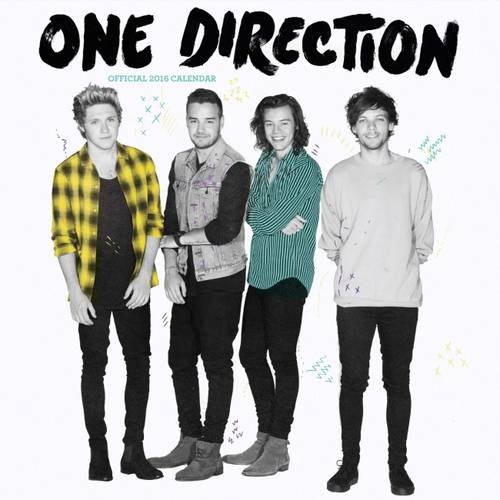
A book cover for The Official One Direction Square Calendar 2016; Calendars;